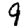
Digit: 9